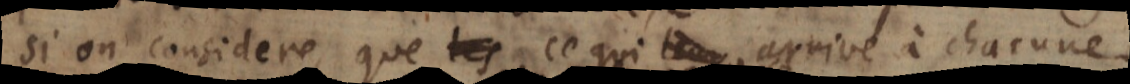
si on considere, que ce qui arrive à chacune